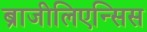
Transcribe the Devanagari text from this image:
ब्राजीलिएन्सिस